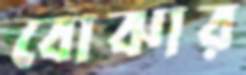
বোঝার